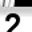
Digit: 2